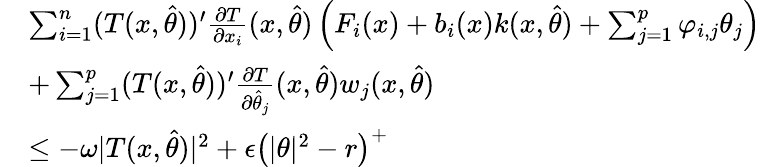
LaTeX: \begin{array}{rl}&{\sum_{i=1}^{n}(T(x,\hat{\theta}))^{\prime}\frac{\partial T}{\partial x_{i}}(x,\hat{\theta})\left(F_{i}(x)+b_{i}(x)k(x,\hat{\theta})+\sum_{j=1}^{p}\varphi_{i,j}\theta_{j}\right)}\\ &{+\sum_{j=1}^{p}(T(x,\hat{\theta}))^{\prime}\frac{\partial T}{\partial\hat{\theta}_{j}}(x,\hat{\theta})w_{j}(x,\hat{\theta})}\\ &{\leq-\omega\vert T(x,\hat{\theta})\vert^{2}+\epsilon\left(\vert\theta\vert^{2}-r\right)^{+}}\end{array}